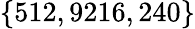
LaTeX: \{ 512,9216,240\}